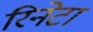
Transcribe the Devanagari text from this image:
रिनेटा